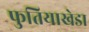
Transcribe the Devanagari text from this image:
फुतियाखेडा